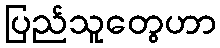
ပြည်သူတွေဟာ